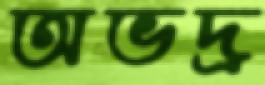
অভদ্র